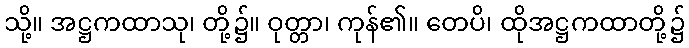
သို့။ အဋ္ဌကထာသု၊ တို့၌။ ဝုတ္တာ၊ ကုန်၏။ တေပိ၊ ထိုအဋ္ဌကထာတို့၌